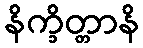
နိက္ခိတ္တာနိ